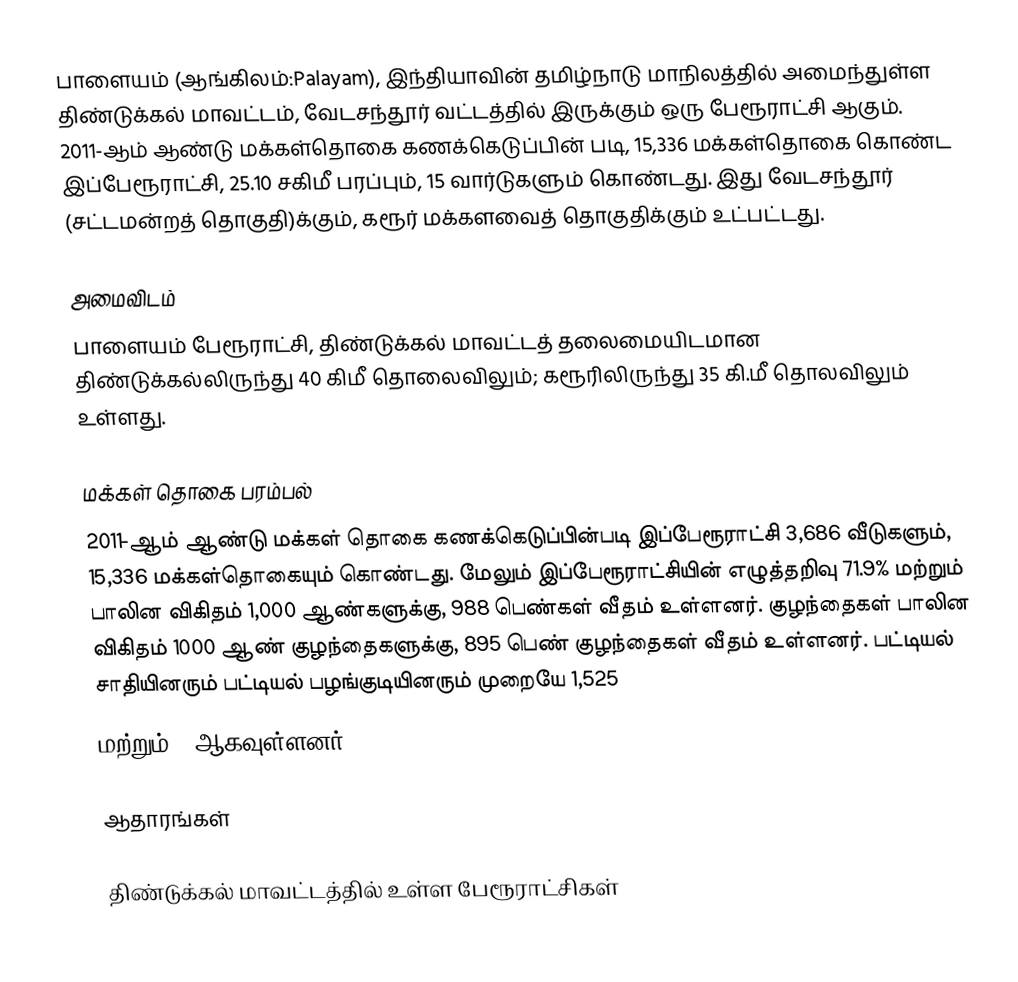
பாளையம் (ஆங்கிலம்:Palayam), இந்தியாவின் தமிழ்நாடு மாநிலத்தில் அமைந்துள்ள திண்டுக்கல் மாவட்டம், வேடசந்தூர் வட்டத்தில் இருக்கும் ஒரு பேரூராட்சி ஆகும். 2011-ஆம் ஆண்டு மக்கள்தொகை கணக்கெடுப்பின் படி, 15,336 மக்கள்தொகை கொண்ட இப்பேரூராட்சி,   25.10 சகிமீ பரப்பும், 15 வார்டுகளும் கொண்டது. இது  வேடசந்தூர் (சட்டமன்றத் தொகுதி)க்கும், கரூர் மக்களவைத் தொகுதிக்கும் உட்பட்டது.

அமைவிடம்
பாளையம் பேரூராட்சி, திண்டுக்கல் மாவட்டத்  தலைமையிடமான திண்டுக்கல்லிருந்து 40 கிமீ தொலைவிலும்; கரூரிலிருந்து 35 கி.மீ தொலவிலும் உள்ளது.

மக்கள் தொகை பரம்பல்
2011-ஆம் ஆண்டு மக்கள் தொகை கணக்கெடுப்பின்படி இப்பேரூராட்சி 3,686     வீடுகளும், 15,336 மக்கள்தொகையும் கொண்டது. மேலும் இப்பேரூராட்சியின் எழுத்தறிவு 71.9% மற்றும்  பாலின விகிதம் 1,000 ஆண்களுக்கு, 988 பெண்கள் வீதம் உள்ளனர். குழந்தைகள் பாலின விகிதம் 1000 ஆண் குழந்தைகளுக்கு, 895  பெண் குழந்தைகள் வீதம் உள்ளனர். பட்டியல் சாதியினரும் பட்டியல் பழங்குடியினரும்  முறையே 1,525
மற்றும் 1 ஆகவுள்ளனர்.

ஆதாரங்கள்

திண்டுக்கல் மாவட்டத்தில் உள்ள பேரூராட்சிகள்